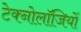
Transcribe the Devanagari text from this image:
टेक्नोलॉजियों